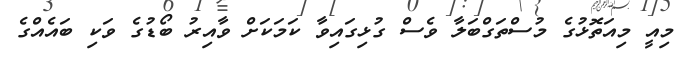
މިއީ މިއަތޮޅުގެ މުސްތަގްބަލާ ވެސް ގުޅިގައިވާ ކަމަކަށް ވާއިރު ބޯޑުގެ ވަކި ބައެއްގެ